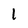
Character: 1